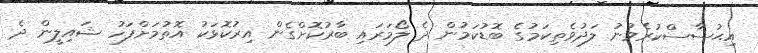
އިޙުސާސްކުރެވުނު ލަދުވެތިކަމުގެ ބޮޑުކަމުން ދެ ލޯމަރައި ބާރުކޮށްގެން އިރުކޮޅަކު އޮތުމަށްފަހު ޝައިލީން ދެ